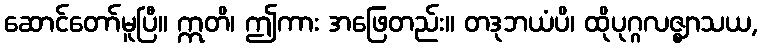
ဆောင်တော်မူပြီ။ ဣတိ၊ ဤကား အဖြေတည်း။ တဒုဘယံပိ၊ ထိုပုဂ္ဂလဇ္ဈာသယ,